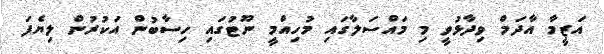
އަޒީމާ އާދަމް ވިދާޅުވީ މި މައްސަލާގައި މުހިއްމީ ނޫޓުގައި ހިސާބުން އަކުރުން ލިޔެފަ